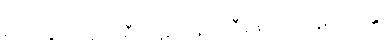
ရသာနုဘဝနံ သရီရပ္ပဋိဇဂ္ဂနံ ပဟီနောဝ ပေါဋကိလန္တိ